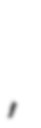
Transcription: ауданы,